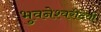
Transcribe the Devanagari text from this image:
भुवनेश्वरीदेवी